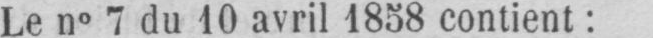
Le n° 7 du 10 avril 1858 contient: